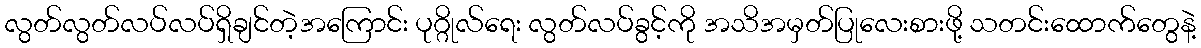
လွတ်လွတ်လပ်လပ်ရှိချင်တဲ့အကြောင်း ပုဂ္ဂိုလ်ရေး လွတ်လပ်ခွင့်ကို အသိအမှတ်ပြုလေးစားဖို့ သတင်းထောက်တွေနဲ့